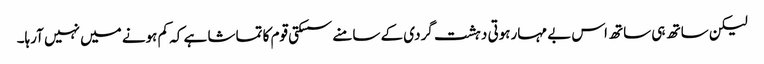
لیکن ساتھ ہی ساتھ اس بے مہارہوتی دہشت گردی کے سامنے سسکتی قوم کا تماشا ہے کہ کم ہونے میں نہیں آرہا۔